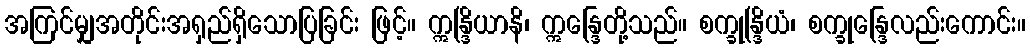
အကြင်မျှအတိုင်းအရှည်ရှိသောပြခြင်း ဖြင့်။ ဣန္ဒြိယာနိ၊ ဣန္ဒြေတို့သည်။ စက္ခုန္ဒြိယံ၊ စက္ခုန္ဒြေလည်းကောင်း။